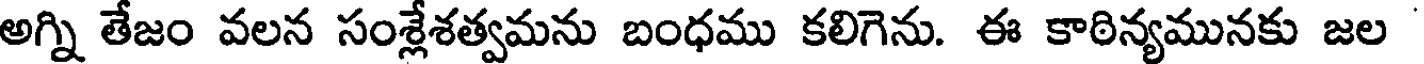
అగ్ని తేజం వలన సంశ్లేశత్వమను బంధము కలిగెను. ఈ కాఠిన్యమునకు జల